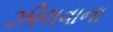
ઝીલવાના